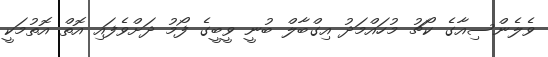
ވެލެންސިއާގެ ކޯޗު މުހައްމަދު އިގްބާލް ބުނީ ވީބީގެ ފޯމު ދަށްވެފައި އޮތް އޮތުމަކީ